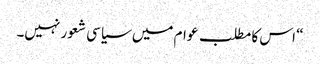
“ اس کا مطلب عوام میں سیاسی شعور نہیں۔